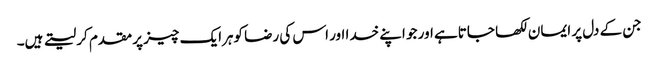
جن کے دل پر ایمان لکھا جاتاہے اور جو اپنے خدا اور اس کی رضا کوہرایک چیز پر مقدم کر لیتے ہیں۔